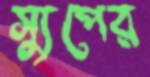
স্যুপের